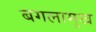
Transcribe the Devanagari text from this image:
बगलामुख